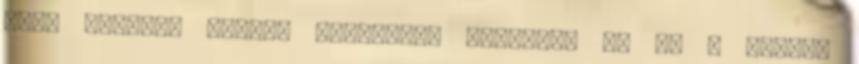
perc csupán. Karjai erőtlenül zuhannak le és a szeme,